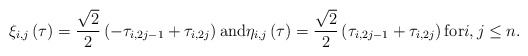
\begin{align*}\xi_{i,j}\left(\tau\right)= \frac{\sqrt{2}}{2}\left(-\tau_{i,2j-1}+\tau_{i,2j}\right) \mbox{and} \eta_{i,j}\left(\tau\right)=\frac{\sqrt{2}}{2}\left(\tau_{i,2j-1}+\tau_{i,2j}\right) \mbox{for} i,j\leq n. \end{align*}